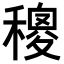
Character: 𥢄